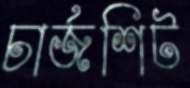
চার্জশিট